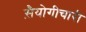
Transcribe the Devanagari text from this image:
स़ैयोगीचारी